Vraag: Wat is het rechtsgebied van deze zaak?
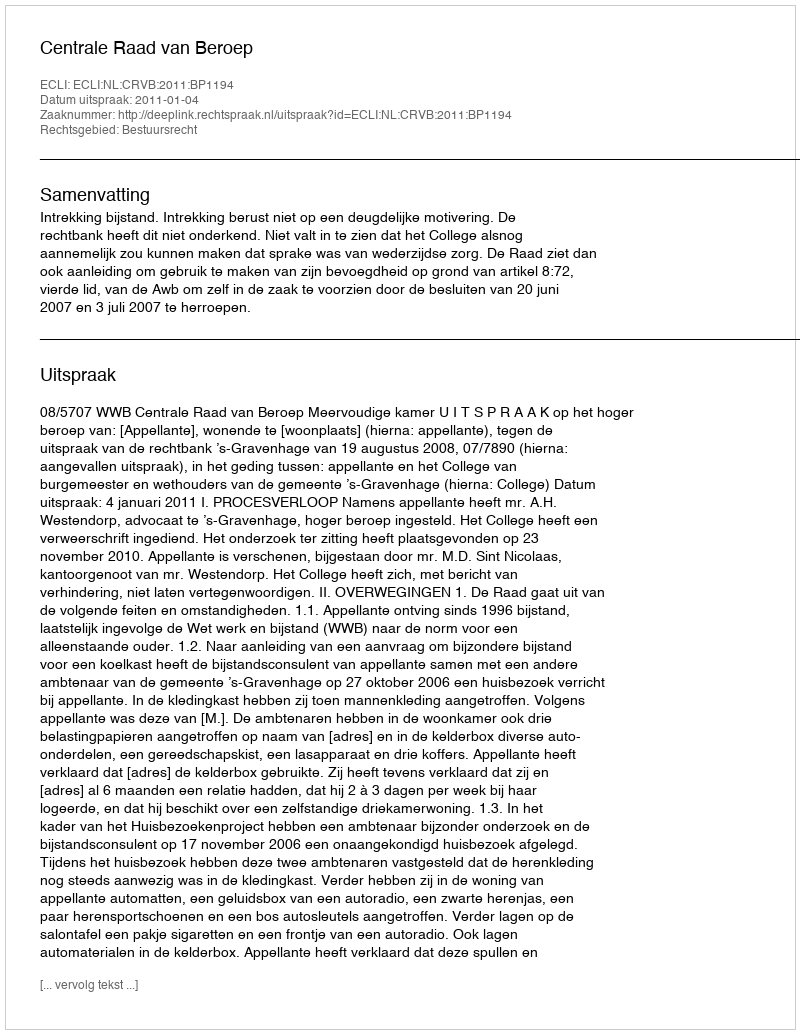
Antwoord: Bestuursrecht